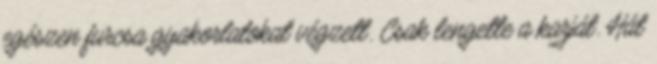
egészen furcsa gyakorlatokat végzett. Csak lengette a karját. Hát